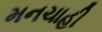
મનચાહી